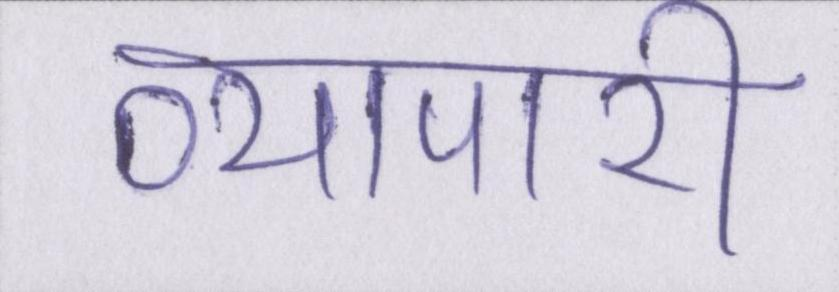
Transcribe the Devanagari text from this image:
व्यापारी